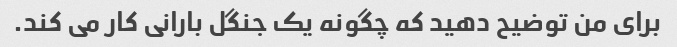
برای من توضیح دهید که چگونه یک جنگل بارانی کار می کند.